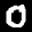
Label: 0